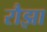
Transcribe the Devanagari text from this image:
रौझा